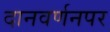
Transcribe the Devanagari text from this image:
दानवर्णनपर